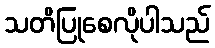
သတိပြုစေလိုပါသည်